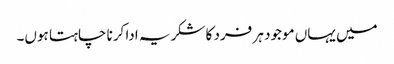
میں یہاں موجود ہر فرد کا شکریہ ادا کرنا چاہتا ہوں۔